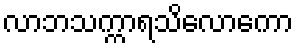
လာဘသက္ကာရသိလောကော